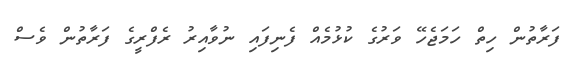
ފަރާތުން ހިތް ހަމަޖެހޭ ވަރުގެ ކުޅުމެއް ފެނިފައި ނުވާއިރު ރެފްރީގެ ފަރާތުން ވެސް